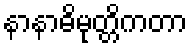
နာနာဓိမုတ္တိကတာ